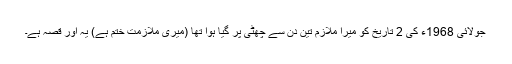
جولائی 1968ء کی 2 تاریخ کو میرا ملازم تین دن سے چھٹی پر گیا ہوا تھا (میری ملازمت ختم ہے) یہ اور قصہ ہے۔